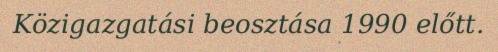
Közigazgatási beosztása 1990 előtt.